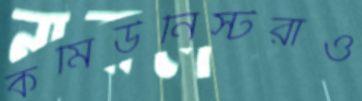
কমিউনিস্টরাও